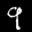
Label: 9